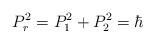
LaTeX: \begin{align*}P_{r}^{2}=P_{1}^{2}+P_{2}^{2}=\hbar\end{align*}